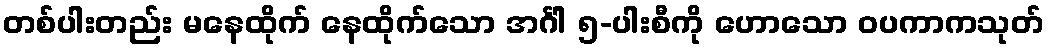
တစ်ပါးတည်း မနေထိုက် နေထိုက်သော အင်္ဂါ ၅-ပါးစီကို ဟောသော ဝပကာကသုတ်